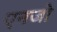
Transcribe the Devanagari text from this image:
एनजो